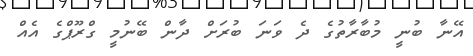
އޭނާ ބުނީ މުބާރާތުގެ ދެ ވަނަ ބުރަށް ދާން ބޭނުމީ ގްރޫޕްގެ އެއް